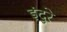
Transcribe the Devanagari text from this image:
इंदुरे